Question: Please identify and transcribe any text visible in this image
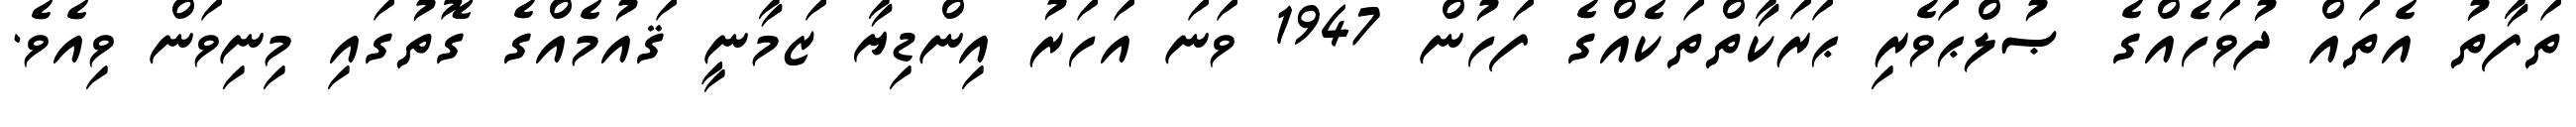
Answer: ތަފާތު އެތައް ދުވަހެއްގެ ޞުލްޙަވެރި ޙަރަކާތްތަކެއްގެ ފަހުން 1947 ވަނަ އަހަރު އިންޑިޔާ ޒަމާނީ ޤައުމެއްގެ ގޮތުގައި މިނިވަން ވިއެވެ.